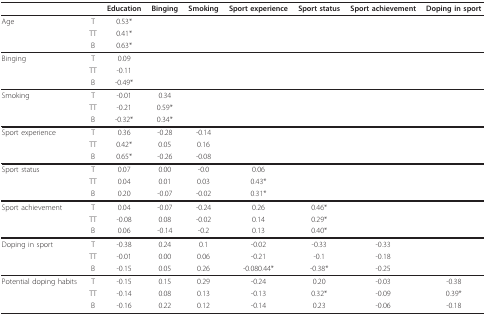
<table><thead><tr><td>[EMPTY_CELL]</td><td>[EMPTY_CELL]</td><td><b>Education</b></td><td><b>Binging</b></td><td><b>Smoking</b></td><td><b>Sport experience</b></td><td><b>Sport status</b></td><td><b>Sport achievement</b></td><td><b>Doping in sport</b></td></tr></thead><tbody><tr><td>Age</td><td>T</td><td>0.53*</td><td>[EMPTY_CELL]</td><td>[EMPTY_CELL]</td><td>[EMPTY_CELL]</td><td>[EMPTY_CELL]</td><td>[EMPTY_CELL]</td><td>[EMPTY_CELL]</td></tr><tr><td>[EMPTY_CELL]</td><td>TT</td><td>0.41*</td><td>[EMPTY_CELL]</td><td>[EMPTY_CELL]</td><td>[EMPTY_CELL]</td><td>[EMPTY_CELL]</td><td>[EMPTY_CELL]</td><td>[EMPTY_CELL]</td></tr><tr><td>[EMPTY_CELL]</td><td>B</td><td>0.63*</td><td>[EMPTY_CELL]</td><td>[EMPTY_CELL]</td><td>[EMPTY_CELL]</td><td>[EMPTY_CELL]</td><td>[EMPTY_CELL]</td><td>[EMPTY_CELL]</td></tr><tr><td>Binging</td><td>T</td><td>0.09</td><td>[EMPTY_CELL]</td><td>[EMPTY_CELL]</td><td>[EMPTY_CELL]</td><td>[EMPTY_CELL]</td><td>[EMPTY_CELL]</td><td>[EMPTY_CELL]</td></tr><tr><td>[EMPTY_CELL]</td><td>TT</td><td>-0.11</td><td>[EMPTY_CELL]</td><td>[EMPTY_CELL]</td><td>[EMPTY_CELL]</td><td>[EMPTY_CELL]</td><td>[EMPTY_CELL]</td><td>[EMPTY_CELL]</td></tr><tr><td>[EMPTY_CELL]</td><td>B</td><td>-0.49*</td><td>[EMPTY_CELL]</td><td>[EMPTY_CELL]</td><td>[EMPTY_CELL]</td><td>[EMPTY_CELL]</td><td>[EMPTY_CELL]</td><td>[EMPTY_CELL]</td></tr><tr><td>Smoking</td><td>T</td><td>-0.01</td><td>0.34</td><td>[EMPTY_CELL]</td><td>[EMPTY_CELL]</td><td>[EMPTY_CELL]</td><td>[EMPTY_CELL]</td><td>[EMPTY_CELL]</td></tr><tr><td>[EMPTY_CELL]</td><td>TT</td><td>-0.21</td><td>0.59*</td><td>[EMPTY_CELL]</td><td>[EMPTY_CELL]</td><td>[EMPTY_CELL]</td><td>[EMPTY_CELL]</td><td>[EMPTY_CELL]</td></tr><tr><td>[EMPTY_CELL]</td><td>B</td><td>-0.32*</td><td>0.34*</td><td>[EMPTY_CELL]</td><td>[EMPTY_CELL]</td><td>[EMPTY_CELL]</td><td>[EMPTY_CELL]</td><td>[EMPTY_CELL]</td></tr><tr><td>Sport experience</td><td>T</td><td>0.36</td><td>-0.28</td><td>-0.14</td><td>[EMPTY_CELL]</td><td>[EMPTY_CELL]</td><td>[EMPTY_CELL]</td><td>[EMPTY_CELL]</td></tr><tr><td>[EMPTY_CELL]</td><td>TT</td><td>0.42*</td><td>0.05</td><td>0.16</td><td>[EMPTY_CELL]</td><td>[EMPTY_CELL]</td><td>[EMPTY_CELL]</td><td>[EMPTY_CELL]</td></tr><tr><td>[EMPTY_CELL]</td><td>B</td><td>0.65*</td><td>-0.26</td><td>-0.08</td><td>[EMPTY_CELL]</td><td>[EMPTY_CELL]</td><td>[EMPTY_CELL]</td><td>[EMPTY_CELL]</td></tr><tr><td>Sport status</td><td>T</td><td>0.07</td><td>0.00</td><td>-0.0</td><td>0.06</td><td>[EMPTY_CELL]</td><td>[EMPTY_CELL]</td><td>[EMPTY_CELL]</td></tr><tr><td>[EMPTY_CELL]</td><td>TT</td><td>0.04</td><td>0.01</td><td>0.03</td><td>0.43*</td><td>[EMPTY_CELL]</td><td>[EMPTY_CELL]</td><td>[EMPTY_CELL]</td></tr><tr><td>[EMPTY_CELL]</td><td>B</td><td>0.20</td><td>-0.07</td><td>-0.02</td><td>0.31*</td><td>[EMPTY_CELL]</td><td>[EMPTY_CELL]</td><td>[EMPTY_CELL]</td></tr><tr><td>Sport achievement</td><td>T</td><td>0.04</td><td>-0.07</td><td>-0.24</td><td>0.26</td><td>0.46*</td><td>[EMPTY_CELL]</td><td>[EMPTY_CELL]</td></tr><tr><td>[EMPTY_CELL]</td><td>TT</td><td>-0.08</td><td>0.08</td><td>-0.02</td><td>0.14</td><td>0.29*</td><td>[EMPTY_CELL]</td><td>[EMPTY_CELL]</td></tr><tr><td>[EMPTY_CELL]</td><td>B</td><td>0.06</td><td>-0.14</td><td>-0.2</td><td>0.13</td><td>0.40*</td><td>[EMPTY_CELL]</td><td>[EMPTY_CELL]</td></tr><tr><td>Doping in sport</td><td>T</td><td>-0.38</td><td>0.24</td><td>0.1</td><td>-0.02</td><td>-0.33</td><td>-0.33</td><td>[EMPTY_CELL]</td></tr><tr><td>[EMPTY_CELL]</td><td>TT</td><td>-0.01</td><td>0.00</td><td>0.06</td><td>-0.21</td><td>-0.1</td><td>-0.18</td><td>[EMPTY_CELL]</td></tr><tr><td>[EMPTY_CELL]</td><td>B</td><td>-0.15</td><td>0.05</td><td>0.26</td><td>-0.080.44*</td><td>-0.38*</td><td>-0.25</td><td>[EMPTY_CELL]</td></tr><tr><td>Potential doping habits</td><td>T</td><td>-0.15</td><td>0.15</td><td>0.29</td><td>-0.24</td><td>0.20</td><td>-0.03</td><td>-0.38</td></tr><tr><td>[EMPTY_CELL]</td><td>TT</td><td>-0.14</td><td>0.08</td><td>0.13</td><td>-0.13</td><td>0.32*</td><td>-0.09</td><td>0.39*</td></tr><tr><td>[EMPTY_CELL]</td><td>B</td><td>-0.16</td><td>0.22</td><td>0.12</td><td>-0.14</td><td>0.23</td><td>-0.06</td><td>-0.18</td></tr></tbody></table>